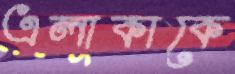
এলাকাকে